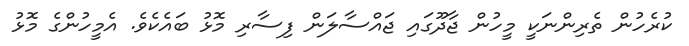
ކުރެހުން ތެރިންނަކީ މީހުން ޖާދޫގައި ޖައްސާލަން ފިސާރި މޮޅު ބައެކެވެ. އެމީހުންގެ މޮޅު